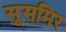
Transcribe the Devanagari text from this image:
सूसमिर